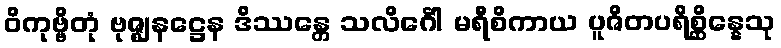
ဝိကုဗ္ဗိတုံ ဗုဇ္ဈနဋ္ဌေန ဒိဿန္တေ သလိင်္ဂေါ မရီစိကာယ ပူဇိတပရိစ္ဆိန္နေသု